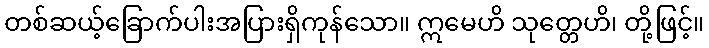
တစ်ဆယ့်ခြောက်ပါးအပြားရှိကုန်သော။ ဣမေဟိ သုတ္တေဟိ၊ တို့ဖြင့်။